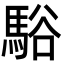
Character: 𩣥